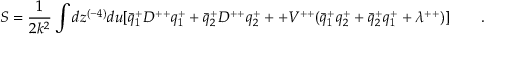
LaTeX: S = { \frac { 1 } { 2 k ^ { 2 } } } \int d z ^ { ( - 4 ) } d u [ \bar { q } _ { 1 } ^ { + } D ^ { + + } q _ { 1 } ^ { + } + \bar { q } _ { 2 } ^ { + } D ^ { + + } q _ { 2 } ^ { + } + + V ^ { + + } ( \bar { q } _ { 1 } ^ { + } q _ { 2 } ^ { + } + \bar { q } _ { 2 } ^ { + } q _ { 1 } ^ { + } + \lambda ^ { + + } ) ] \qquad .